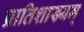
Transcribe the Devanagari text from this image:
प्रातिशाख्यम्